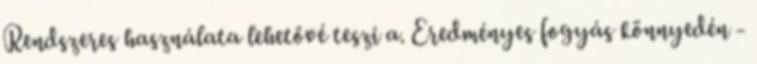
Rendszeres használata lehetővé teszi a. Eredményes fogyás könnyedén -